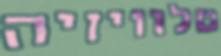
טלוויזיה